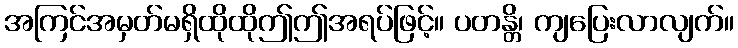
အကြင်အမှတ်မရှိထိုထိုဤဤအရပ်ဖြင့်။ ပတန္တိ၊ ကျပြေးလာလျက်။